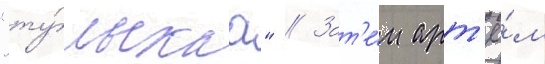
"ту́льскаа" // Зат'е́м арт'ё́м